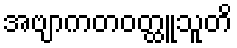
အဗျာကတဝတ္ထူသူတိ